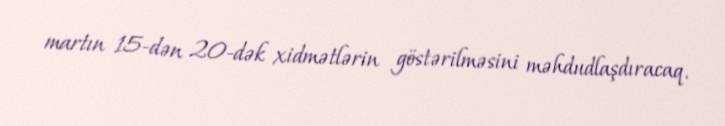
martın 15-dən 20-dək xidmətlərin göstərilməsini məhdudlaşdıracaq.